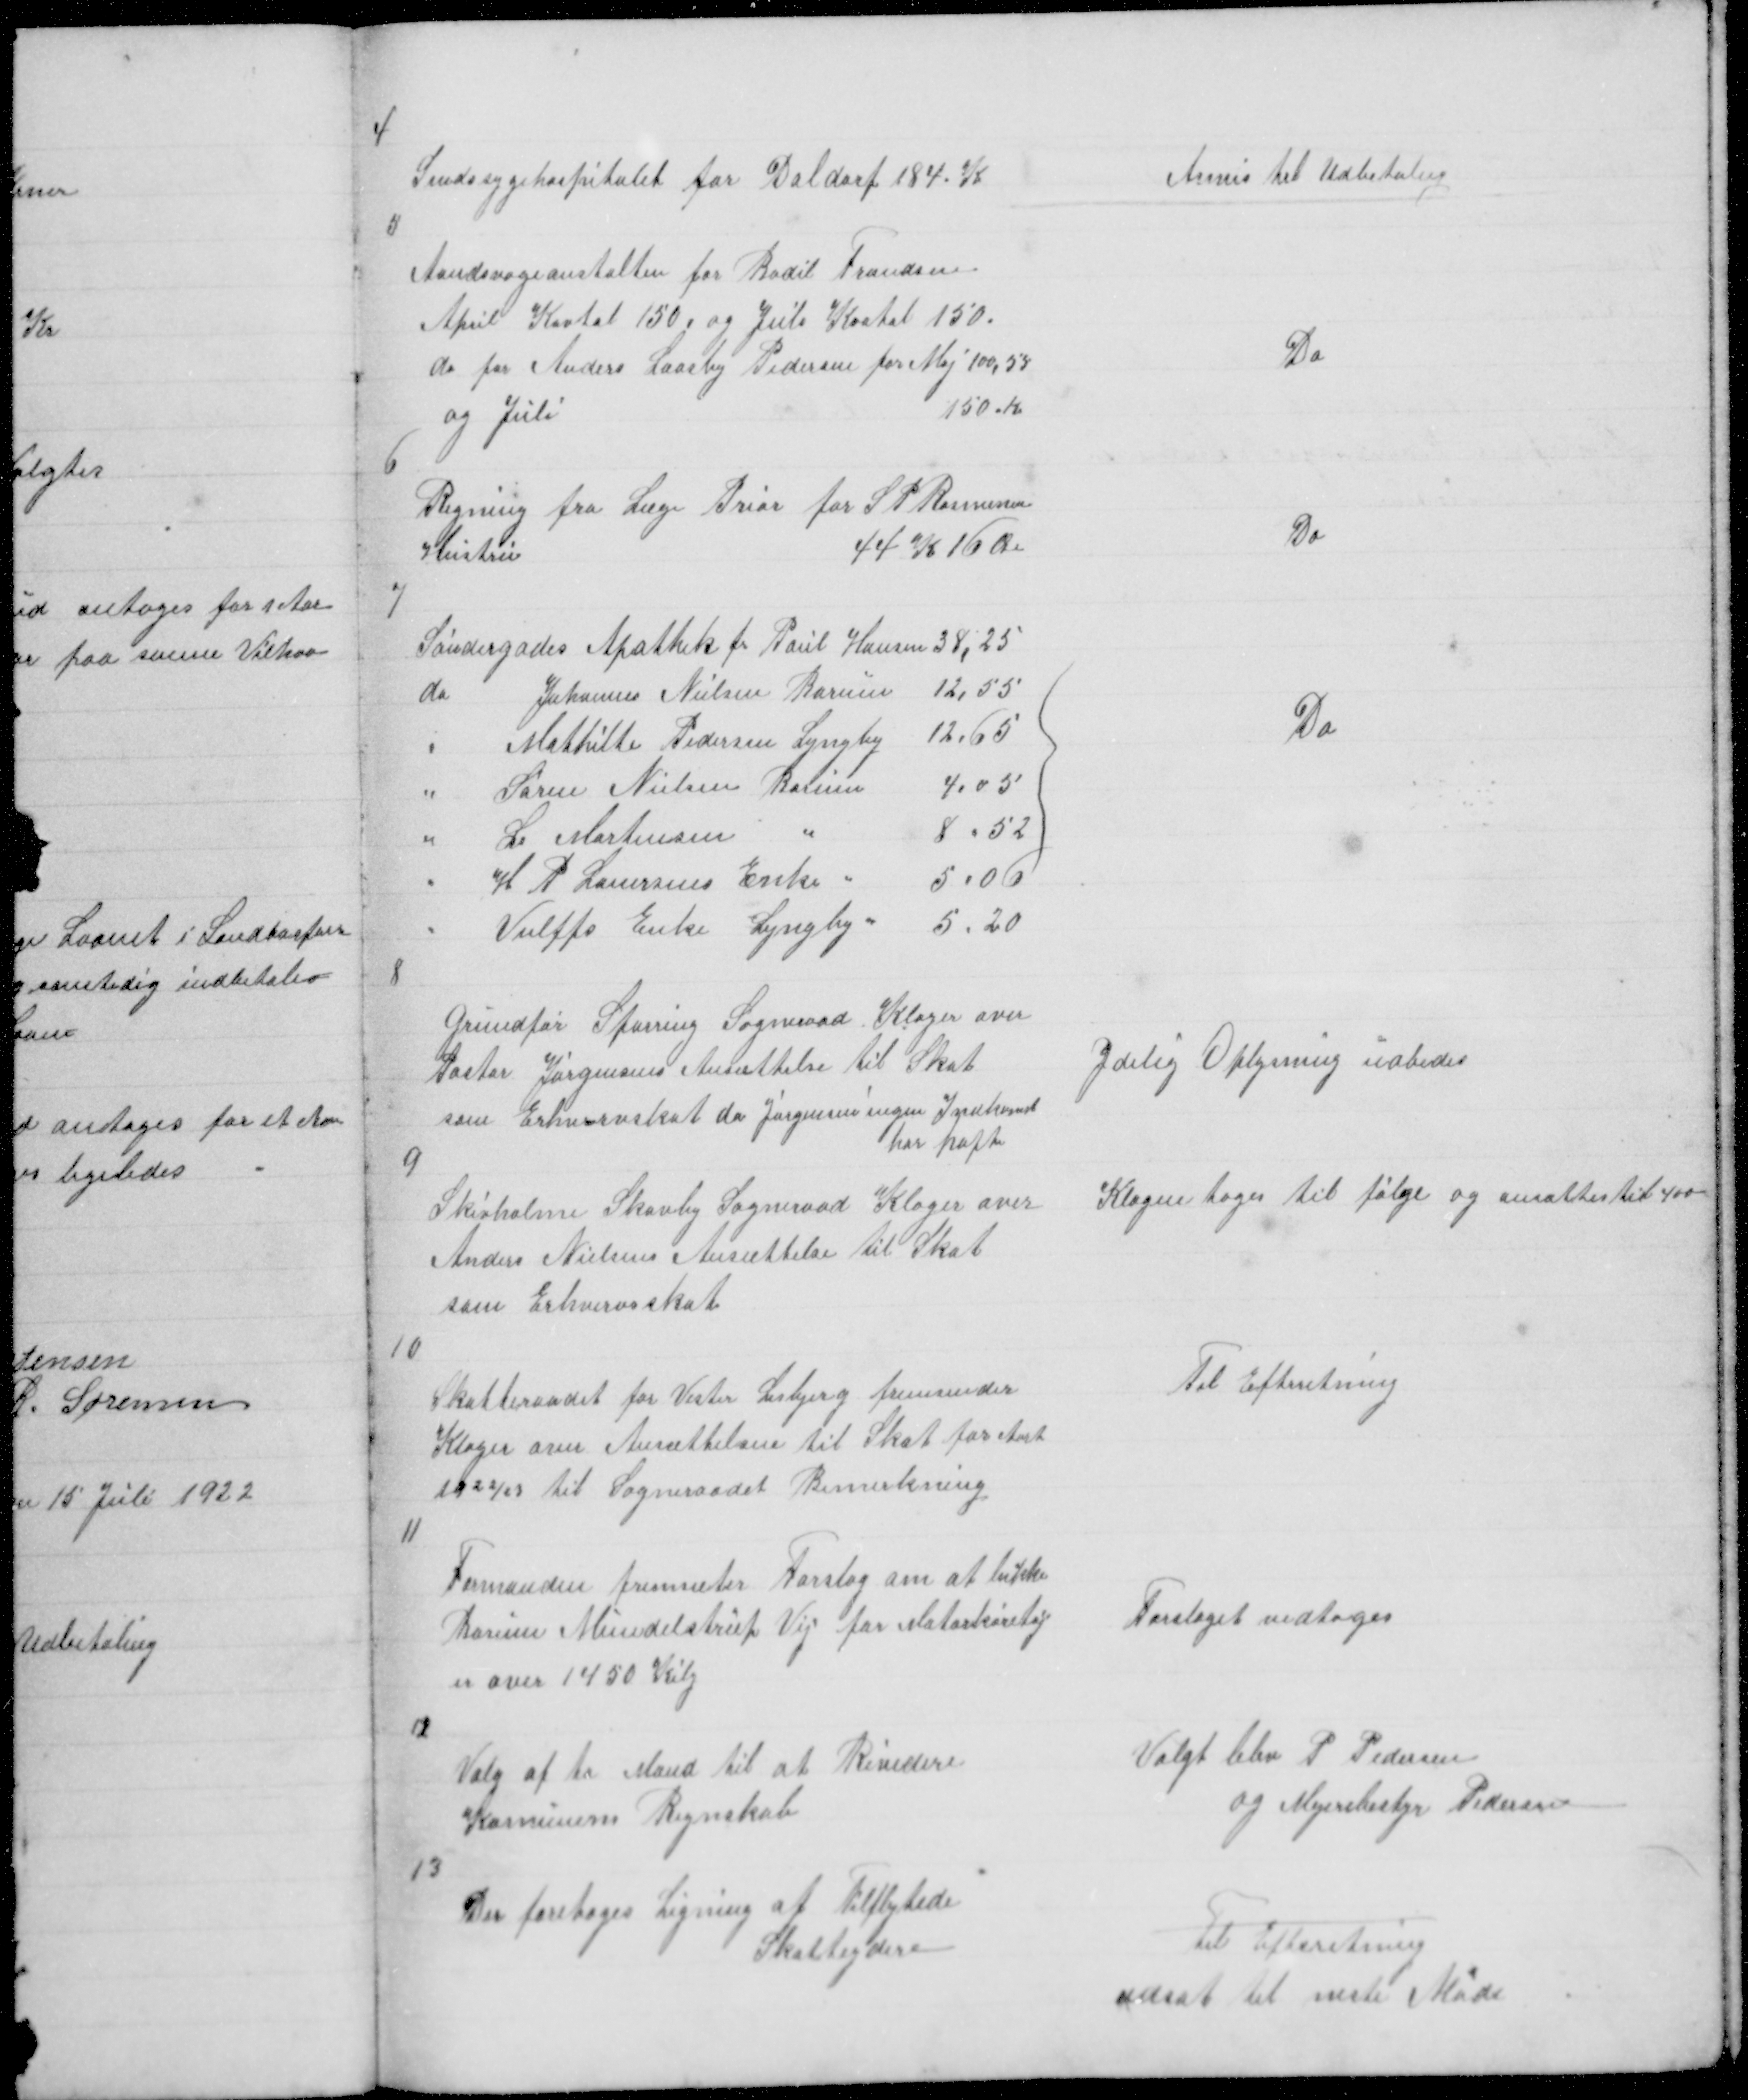
Transskription:
4

Sindsygehospitalet for Daldorf 184 K

Anvis til Udbetaling

5

Aandsvageanstalten for Bodil Frandsen
April Kartal 150. og Juli Kvatal 150.
do for Anders Laasby Pedersen for maj 100,58
og Juli
150 K

Do

6

Regning fra Læge Prior for S P Rasmusen
Hustru
44 K 16 Øre

Do

7

Do

8

Grundfør Spørring Sogneraad Klager over
Pastor Jørgensens Ansættelse til Skat
som Erhvervskat da Jørgensen ingen Indkomst
har haft

Ydelig Oplysning udbedes

9

Skivholme Skovby Sogneraad Klager over
Anders Nielsens Ansættelse til Skat
som Erhvervsskat

Klagen toges til følge og ansattes til 400

10

Skatteraadet for Vester Lisbjerg fremsender
Klager over Ansættelsen til Skat for Aart
1922/23 til Sogneraadet Bemerkning

Til Efterretning

11

Formanden fremsæter Forslag om at lukke
Borum Mundelstrup Vej for Motorkøretøj
er over 1450 Kilg

Forslaget vedtoges

12

Valg af to Mand til at Revidere
Komunens Regnskab

Valgt blev P Pedersen
og Mejeribestyr Pedersen

13

Der foretoges Ligning af tilflytede
Skatteydere

Til Efterretning
udsat til neste Møde